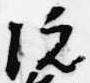
院